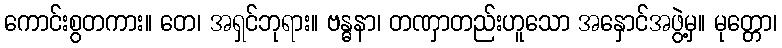
ကောင်းစွတကား။ တေ၊ အရှင်ဘုရား။ ဗန္ဓနာ၊ တဏှာတည်းဟူသော အနှောင်အဖွဲ့မှ။ မုတ္တော၊